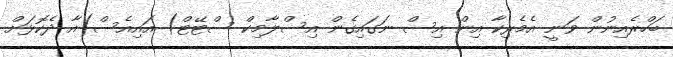
ބަހްރެއިނުން ވަނީ އެމެރިކާ އިން އިސް ނަގައިގެން އިސްލާމިކް ސްޓޭޓް) އައިއެސް)އާ ދެކޮޅަށް